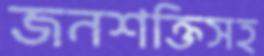
জনশক্তিসহ